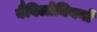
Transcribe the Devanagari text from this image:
बैबिलोनियनों